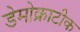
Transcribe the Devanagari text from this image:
डेमोक्राटीक